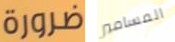
ضرورة المسامير